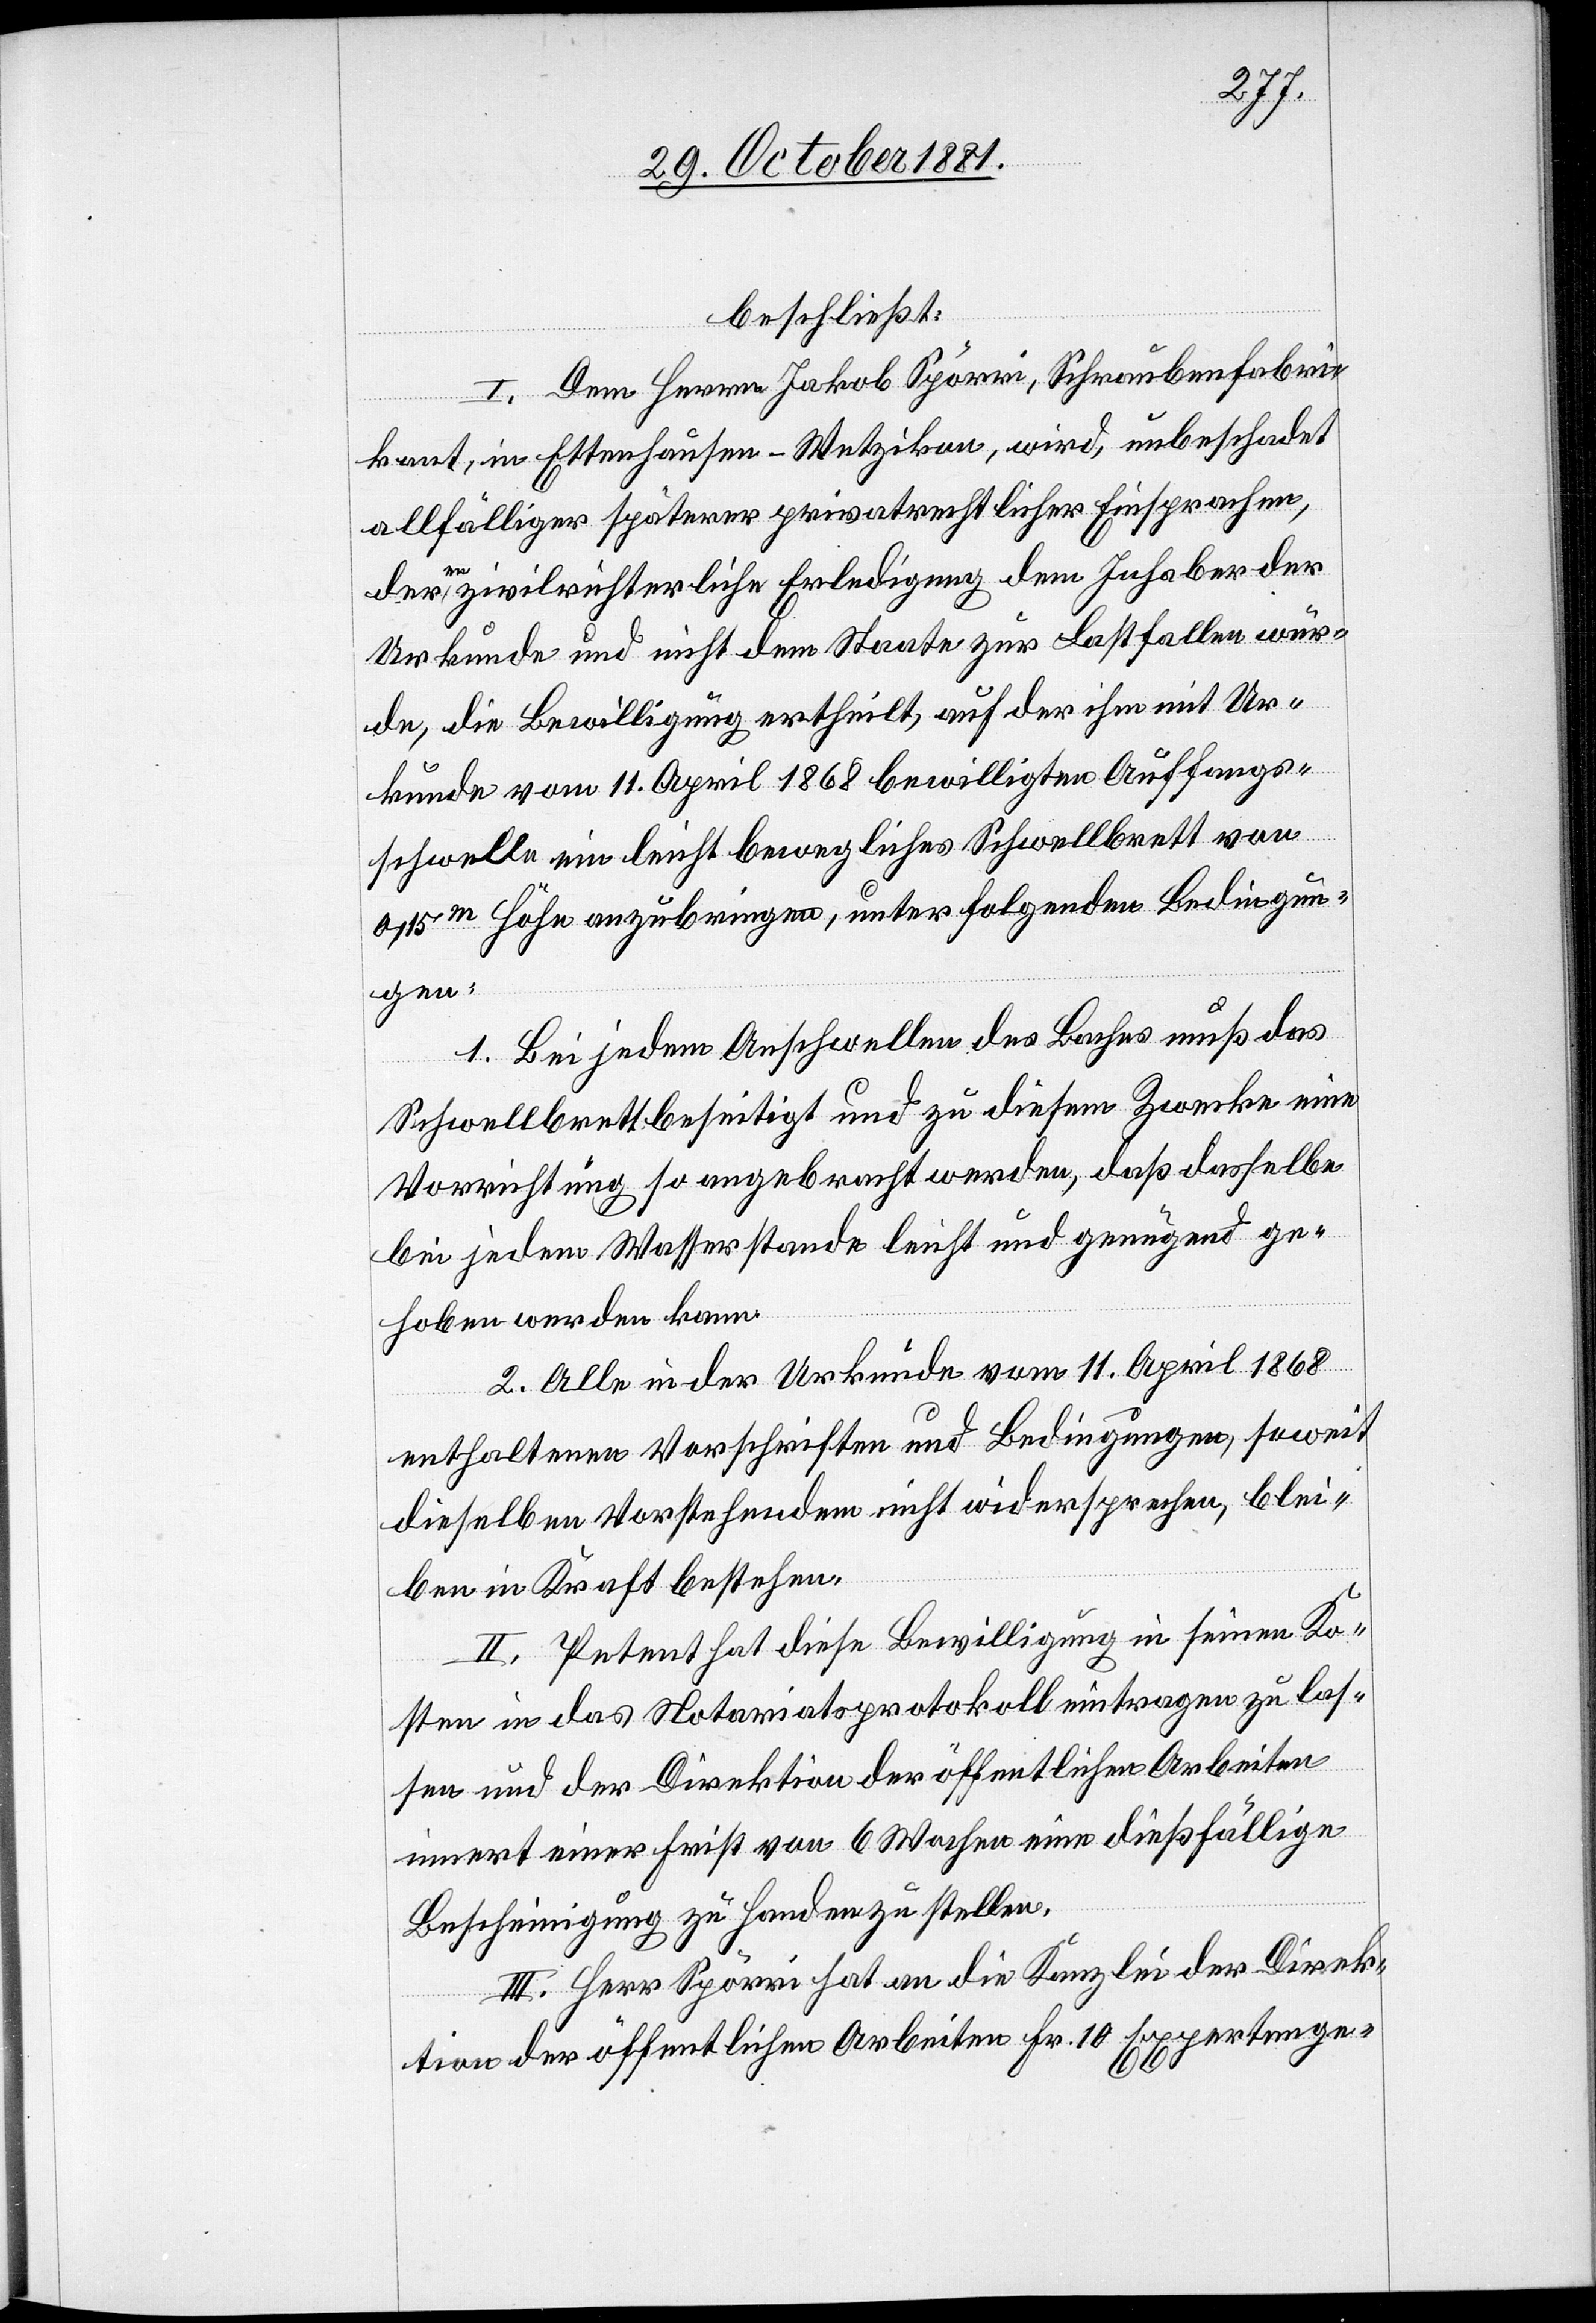
beschließt:
I. Dem Herrn Jakob Spörri, Schraubenfabri¬
kant, in Ettenhausen - Wetzikon, wird, unbeschadet
allfälliger späterer privatrechtlicher Einsprachen,
deren zivilrichterliche Erledigung dem Inhaber der
Urkunde und nicht dem Staate zur Lasten fallen wür¬
de, die Bewilligung ertheilt, auf der ihm mit Ur¬
kunde vom 11. April 1868 bewilligten Auffangs¬
schwelle ein leicht bewegliches Schwellbrett von
0,15m Höhe anzubringen, unter folgenden Bedingun¬
gen:
1. Bei jedem Anschwellen des Baches muß das
Schwellbrett beseitigt und zu diesem Zwecke eine
Vorrichtung so angebracht werden, daß dasselbe
bei jedem Wasserstande leicht und genügend ge¬
hoben werden kann.
2. Alle in der Urkunde vom 11. April 1868
enthaltenen Vorschriften und Bedingungen, soweit
dieselben Vorstehendem nicht widersprechen, blei¬
ben in Kraft bestehen.
II. Petent hat diese Bewilligung in seinen Ko¬
sten in das Notariatsprotokoll eintragen zu las¬
sen und der Direktion der öffentlichen Arbeiten
innert einer Frist von 6 Wochen eine dießfällige
Bescheinigung zu Handen zu stellen.
III. Herr Spörri hat an die Kanzlei der Direk¬
tion der öffentlichen Arbeiten Fr. 10 Expertenge-